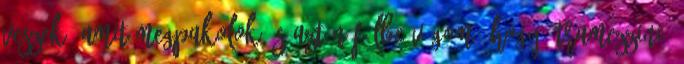
veszek, amit megpakolok és aztán félbe vágom, hogy "tramezzini"